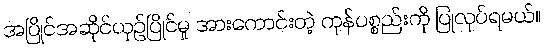
အပြိုင်အဆိုင်ယှဉ်ပြိုင်မှု အားကောင်းတဲ့ ကုန်ပစ္စည်းကို ပြုလုပ်ရမယ်။